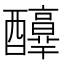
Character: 𨣶